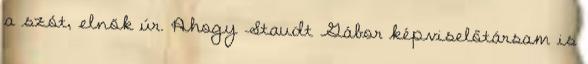
a szót, elnök úr. Ahogy Staudt Gábor képviselőtársam is